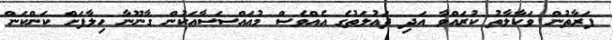
ފަރާތުން ވަކާލާތު ކުރައްވާ އަދި ދައުލަތުގެ އެއްވެސް މުއައްސަސާއަކުން ގާނޫނާ ހިލާފަށް ކަންކަން